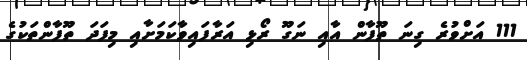
111 އަށްވުރެ ގިނަ ތޫފާން އާއި ނަގޫ ރޯޅި އަރާފައިވާކަމަށާއި މިފަދަ ތޫފާންތަކުގެ